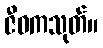
ဇီဝကသုတ်။